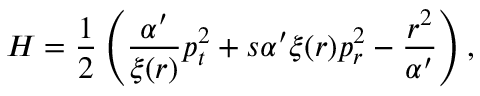
H = \frac { 1 } { 2 } \left( \frac { \alpha ^ { \prime } } { \xi ( r ) } p _ { t } ^ { 2 } + s \alpha ^ { \prime } \xi ( r ) p _ { r } ^ { 2 } - \frac { r ^ { 2 } } { \alpha ^ { \prime } } \right) ,